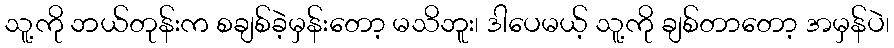
သူ့ကို ဘယ်တုန်းက စချစ်ခဲ့မှန်းတော့ မသိဘူး၊ ဒါပေမယ့် သူ့ကို ချစ်တာတော့ အမှန်ပဲ၊